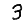
Digit: 3